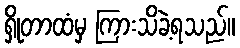
ရှိုတာထံမှ ကြားသိခဲ့ရသည်။